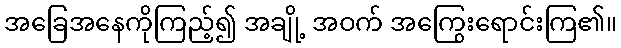
အခြေအနေကိုကြည့်၍ အချို့ အဝက် အကြွေးရောင်းကြ၏။